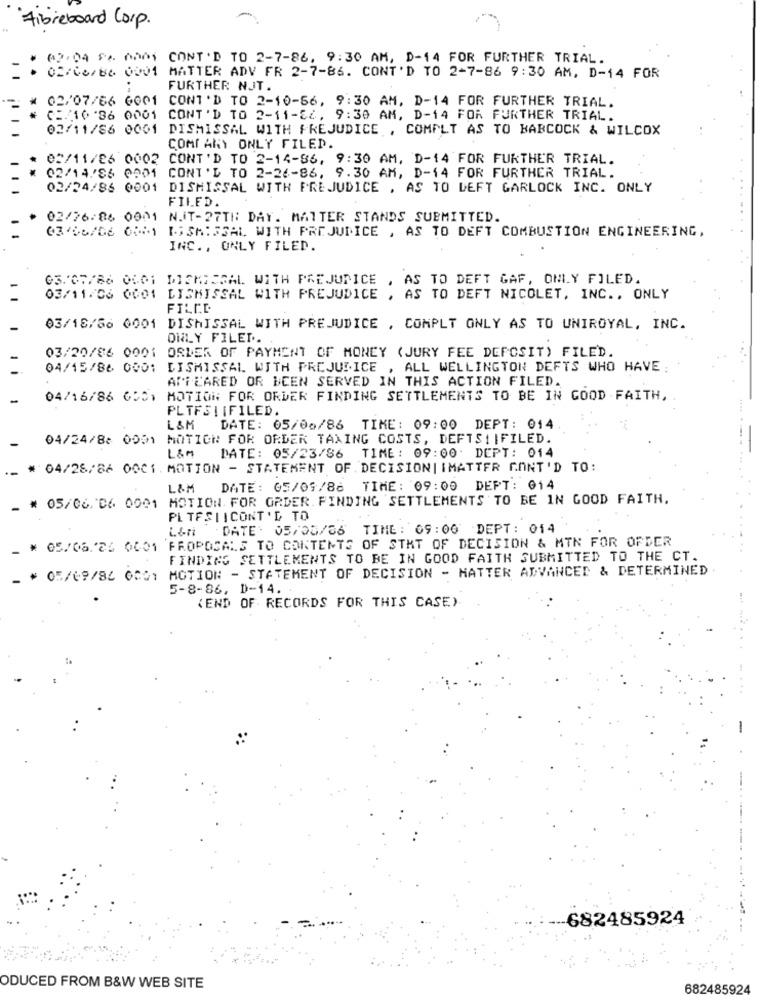
Fibreboard Corp.
@2,04 $2 0001
CONT'D TO 2-7-86, 9:30 AM, D-14 FOR FURTHER TRIAL.
02/06/80 0001 MATTER ADV FR 2-7-86. CONT'D TO 2-7-86 9:30 AM, D-14 FOR
FURTHER NJT.
02/07/66 6001
CONT 'D TO 2-10-56, 9:30 AM, D-14 FOR FURTHER TRIAL.
02/10 .36 0001 CONT'D TO 2-11-84, 9:30 AM, D-14 FOR FURTHER TRIAL.
02/11/86 0001
DISMISSAL WITH PREJUDICE , COMPLT AS TO BABCOCK & WILCOX
COMI ANY ONLY FILED.
02/11/26 0002 CONT'D TO 2-14-86, 9:30 AM, D-14 FOR FURTHER TRIAL.
CONT'L TO 2-26-86, 9.30 AM, D-14 FOR FURTHER TRIAL.
02/14.96 0001
02/24/86 0001
DISMISSAL WITH PREJUDICE , AS TO LEFT GARLOCK INC. ONLY
FILED.
02/26:06 0001 NIT-27TH DAY. MATTER STANDS SUBMITTED.
03166706 0001 15SH135AL WITH PREJUDICE , AS TO DEFT COMBUSTION ENGINEERING,
INC ., ONLY FILED.
03. 07/86 0001 DISMISSAL WITH PREJUDICE , AS TO DEFT GAF, ONLY FILED.
03/11/06 0001
DISMISSAL WITH PREJUDICE , AS TO DEFT NICOLET, INC ., ONLY
FILED
03/18/86 0001 DISMISSAL WITH PREJUDICE , COMPLT ONLY AS TO UNIROYAL, INC.
ONLY FILED.
03/20/86 0001 ORDER OF PAYMENT OF MONEY ( JURY FEE DEPOSIT) FILED.
04/15/86 0001
DISMISSAL WITH PREJUDICE , ALL WELLINGTON DEFTS WHO HAVE
APFLARED OR BEEN SERVED IN THIS ACTION FILED.
04/16/86 6301
MOTION FOR ORDER FINDING SETTLEMENTS TO BE IN GOOD FAITH,
PLTFSIIFILED.
L&M
DATE: 05/06/86 TIME: 09:00 DEPT: 014
04/24/8: 0091
MOTION FOR ORDER TAXING COSTS, DEFTS!|FILED.
L&M
DATE: 05/23/86 TIME : 09:00: DEPT: 014
# 04/28/86 0001. MOTION - STATEMENT OF DECISION| |MATTER GANT'D TO:
L&M
DATE: 05/05/86 TIME: 09:00 DEPT: 014
MOTION. FOR ORDER. FINDING SETTLEMENTS TO BE IN GOOD FAITH.
05/06. 06. 0001
PLTESLICONT'D TO
DATE: 05/05/06 TIME: 09:00 DEPT: 014
_ # 05/06.26 0001 PROPOSALS TO CONTENTS OF STKT OF DECISION & MTN FOR OFDER
FINDING SETTLEMENTS TO BE IN GOOD FAITH SUBMITTED TO THE CT.
MOTION - STATEMENT OF DECISION - HATTER ADVANCED & DETERMINED
- * 05/69/84 0001
5-8-86, D-14.
(END OF RECORDS FOR THIS CASE)
-682485924
ODUCED FROM B&W WEB SITE
682485924